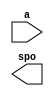
module Font(
  a,
  spo
);

input [11 : 0] a;
output [7 : 0] spo;

// synthesis translate_off

  DIST_MEM_GEN_V7_2 #(
    .C_ADDR_WIDTH(12),
    .C_DEFAULT_DATA("0"),
    .C_DEPTH(4096),
    .C_FAMILY("spartan6"),
    .C_HAS_CLK(0),
    .C_HAS_D(0),
    .C_HAS_DPO(0),
    .C_HAS_DPRA(0),
    .C_HAS_I_CE(0),
    .C_HAS_QDPO(0),
    .C_HAS_QDPO_CE(0),
    .C_HAS_QDPO_CLK(0),
    .C_HAS_QDPO_RST(0),
    .C_HAS_QDPO_SRST(0),
    .C_HAS_QSPO(0),
    .C_HAS_QSPO_CE(0),
    .C_HAS_QSPO_RST(0),
    .C_HAS_QSPO_SRST(0),
    .C_HAS_SPO(1),
    .C_HAS_SPRA(0),
    .C_HAS_WE(0),
    .C_MEM_INIT_FILE("Font.mif"),
    .C_MEM_TYPE(0),
    .C_PARSER_TYPE(1),
    .C_PIPELINE_STAGES(0),
    .C_QCE_JOINED(0),
    .C_QUALIFY_WE(0),
    .C_READ_MIF(1),
    .C_REG_A_D_INPUTS(0),
    .C_REG_DPRA_INPUT(0),
    .C_SYNC_ENABLE(1),
    .C_WIDTH(8)
  )
  inst (
    .A(a),
    .SPO(spo),
    .D(),
    .DPRA(),
    .SPRA(),
    .CLK(),
    .WE(),
    .I_CE(),
    .QSPO_CE(),
    .QDPO_CE(),
    .QDPO_CLK(),
    .QSPO_RST(),
    .QDPO_RST(),
    .QSPO_SRST(),
    .QDPO_SRST(),
    .DPO(),
    .QSPO(),
    .QDPO()
  );

// synthesis translate_on

endmodule